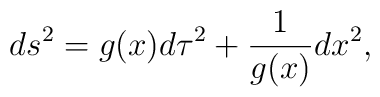
ds^2=g(x)d\tau^2+{1 \over g(x)}dx^2 ,